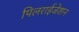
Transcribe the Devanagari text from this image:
पिलराईजेशन